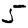
Digit: 5